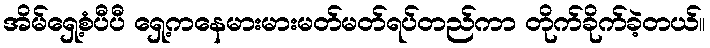
အိမ်ရှေ့စံပီပီ ရှေ့ကနေမားမားမတ်မတ်ရပ်တည်ကာ တိုက်ခိုက်ခဲ့တယ်။